Newspaper: The daily morning Astorian. [volume]
Place of publication: Astoria, Oregon
Date: 1885-09-27 00:00:00
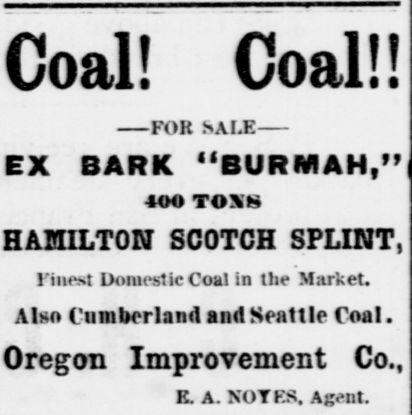
Advertisement text (OCR):
Coal! Coal!! FOR SALE EX BARK "BURMAH," 400 TONS HAMILTON SCOTCH SPLINT, Finest Domestic Coal in the Market. Also Cumberland and Seattle Coal. Oregon Improvement Co., E. A. NOTES. Agent.
Label: text-only